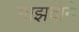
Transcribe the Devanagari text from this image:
माझदाने